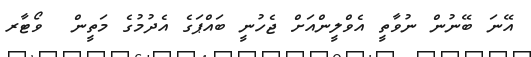
އޭނަ ބޭނުން ނުވާތީ އެވްލީންއަށް ޖެހުނީ ބައްޕަގެ އެދުމުގެ މަތީން  ވޯޓާރ